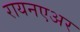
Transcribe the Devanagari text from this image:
रायनएअर